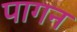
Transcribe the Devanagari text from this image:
पागन